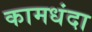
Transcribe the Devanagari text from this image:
कामधंदा